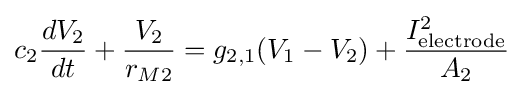
c_{2}{\frac {dV_{2}}{dt}}+{\frac {V_{2}}{r_{M2}}}=g_{2,1}(V_{1}-V_{2})+{\frac {I_{\text{electrode}}^{2}}{A_{2}}}